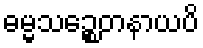
ဓမ္မသဉ္စေတနာယပိ